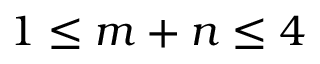
1 \leq m + n \leq 4